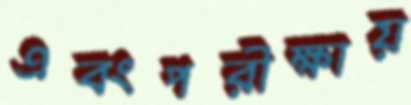
এবংপরীক্ষায়